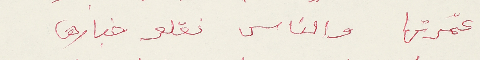
عمّرتها والناس نقلو خبارها